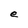
Character: e